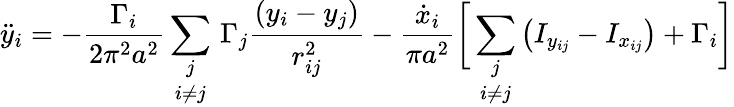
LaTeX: \ddot{y}_{i}=-\frac{\Gamma_{i}}{2\pi^{2}a^{2}}\underset{i\neq j}{\sum_{j}}\, \Gamma_{j}\frac{(y_{i}-y_{j})}{r_{ij}^{2}}-\frac{\dot{x}_{i}}{\pi a^{2}}\biggr[\underset{i\neq j}{\sum_{j}}\left(I_{y_{ij}}-I_{x_{ij}}\right)+\Gamma_{i}\biggr]